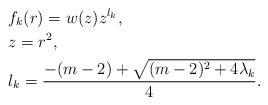
LaTeX: \begin{align*}&f_k(r) = w(z)z^{l_k}, \\&z = r^2, \\&l_k = \frac{-(m-2) + \sqrt{(m-2)^2 + 4\lambda_k}}{4}.\end{align*}